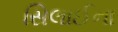
સિલાઈના